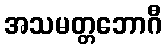
အသမတ္တဘောဂီ